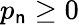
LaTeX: p_{\mathsf{n}}\geq0